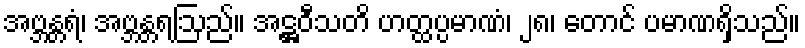
အဗ္ဘန္တရံ၊ အဗ္ဘန္တရဩည်။ အဋ္ဌဝီသတိ ဟတ္ထပ္ပမာဏံ၊ ၂၈၊ တောင် ပမာဏရှိသည်။